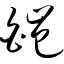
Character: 皑